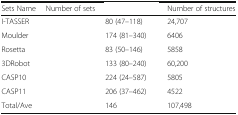
<table><thead><tr><td><b>Sets Name</b></td><td><b>Number of sets</b></td><td>[EMPTY_CELL]</td><td><b>Number of structures</b></td></tr></thead><tbody><tr><td>I-TASSER</td><td>[EMPTY_CELL]</td><td>80 (47–118)</td><td>24,707</td></tr><tr><td>Moulder</td><td>[EMPTY_CELL]</td><td>174 (81–340)</td><td>6406</td></tr><tr><td>Rosetta</td><td>[EMPTY_CELL]</td><td>83 (50–146)</td><td>5858</td></tr><tr><td>3DRobot</td><td>[EMPTY_CELL]</td><td>133 (80–240)</td><td>60,200</td></tr><tr><td>CASP10</td><td>[EMPTY_CELL]</td><td>224 (24–587)</td><td>5805</td></tr><tr><td>CASP11</td><td>[EMPTY_CELL]</td><td>206 (37–462)</td><td>4522</td></tr><tr><td>Total/Ave</td><td>[EMPTY_CELL]</td><td>146</td><td>107,498</td></tr></tbody></table>